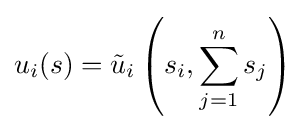
u_{i}(s)={\tilde {u}}_{i}\left(s_{i},\sum _{j=1}^{n}s_{j}\right)